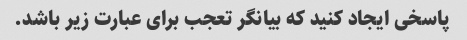
پاسخی ایجاد کنید که بیانگر تعجب برای عبارت زیر باشد.